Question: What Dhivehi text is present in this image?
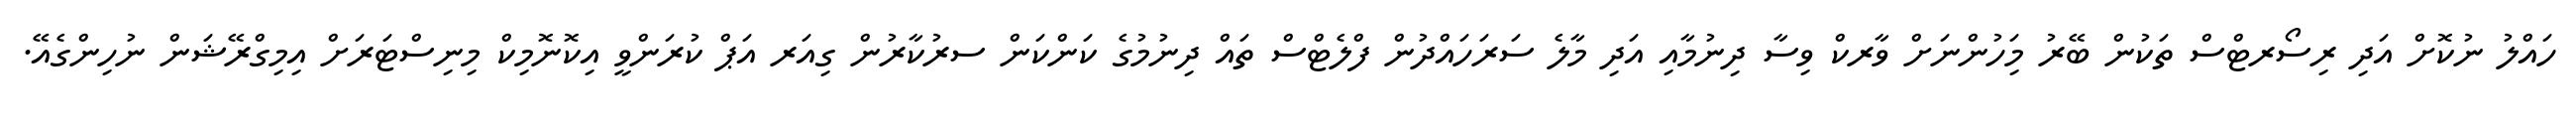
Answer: ހައްލު ނުކޮށް އަދި ރިސޯރޓްސް ތަކުން ބޭރު މަިހުންނަށް ވާރކް ވިސާ ދިނުމާއި އަދި މާލެ ސަރަހައްދުން ފްލެޓްސް ތައް ދިނުމުގެ ކަންކަން ސރުކާރުން ގިއަރ އަޕް ކުރަންވީ އިކޮނޮމިކް މިނިސްޓަރަށް އިމިގްރޭޝަން ނުހިންގެއޭ.